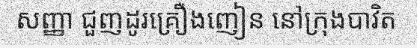
សញ្ញា ជួញដូរគ្រឿងញៀន នៅក្រុងបាវិត